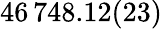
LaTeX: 46\, 748.12(23)